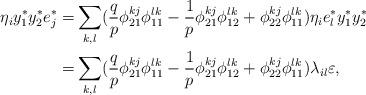
LaTeX: \begin{align*}\eta_iy_1^*y_2^*e_j^*=&\sum_{k, l}(\frac{q}{p}\phi_{21}^{kj}\phi_{11}^{lk}-\frac{1}{p}\phi_{21}^{kj}\phi_{12}^{lk}+\phi_{22}^{kj}\phi_{11}^{lk})\eta_ie_l^*y_1^*y_2^*\\=&\sum_{k, l}(\frac{q}{p}\phi_{21}^{kj}\phi_{11}^{lk}-\frac{1}{p}\phi_{21}^{kj}\phi_{12}^{lk}+\phi_{22}^{kj}\phi_{11}^{lk})\lambda_{il}\varepsilon,\end{align*}